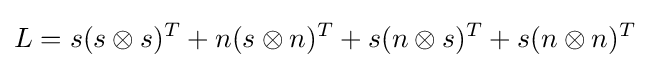
L=s(s\otimes s)^{T}+n(s\otimes n)^{T}+s(n\otimes s)^{T}+s(n\otimes n)^{T}